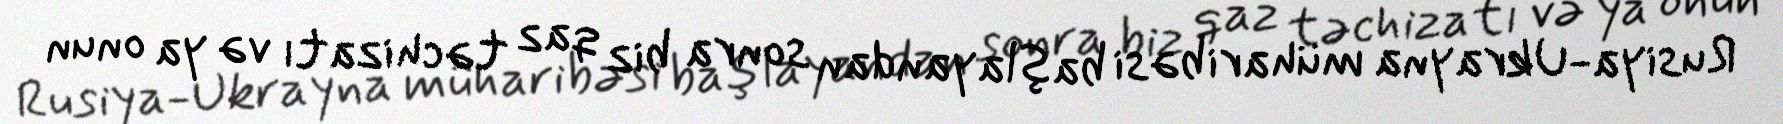
Rusiya-Ukrayna müharibəsi başlayandan sonra biz qaz təchizatı və ya onun